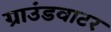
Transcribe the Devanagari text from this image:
ग्राउंडवाटर